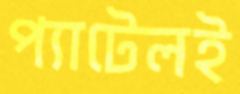
প্যাটেলই